Report on the working of the mental hospitals for Indians in Bihar and Orissa - 1925-1929
Year: 1925
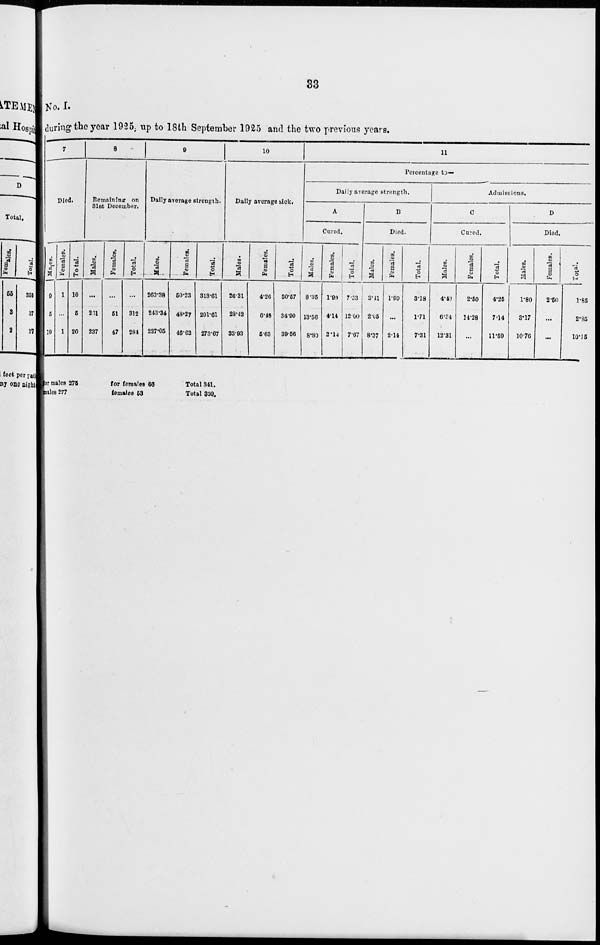
33
No. I.
during the year 1925 up to 18th September 1925 and the two previous years.
7
Died.
Males.
9
5
19
Females.
1
...
1
Total.
10
5
20
8
Remaining on
31st December.
Males.
...
261
237
Females.
...
51
47
Total.
...
312
284
9
Daily average strength.
Males.
263.38
243.34
227.05
Females.
50.23
48.27
46.62
Total.
313.61
291.61
273.67
10
Daily average sick.
Males.
26.31
28.42
33.93
Females.
4.26
6.48
5.63
Total.
30.57
34.90
39.56
11
Percentage to—
Daily average strength.
A
Cured.
Males.
8.35
13.56
8.80
Females.
1.99
4.14
2.14
Total.
7.33
12.00
7.67
B
Died.
Males.
3.41
2.05
8.37
Females.
1.99
...
2.14
Total.
3.18
1.71
7.31
Admissions.
C
Cured.
Males.
4.40
6.34
12.31
Females.
2.50
14.28
...
Total.
4.25
7.14
11.59
D
Died.
Males.
1.80
3.17
10.76
Females.
2.50
...
...
Total.
1.85
2.85
10.15
for males 275
males 277
for females 66
females 53
Total 341.
Total 330.